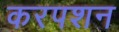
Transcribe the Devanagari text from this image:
करपशन